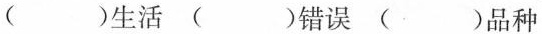
( )生活 ( )错误 ( )品种